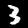
Label: 3